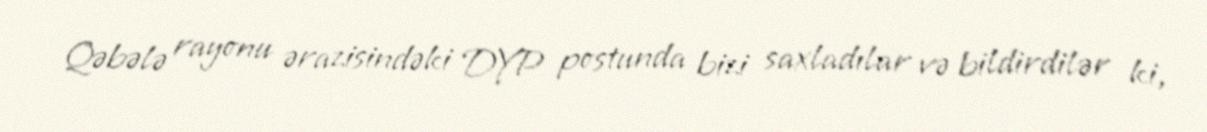
Qəbələ rayonu ərazisindəki DYP postunda bizi saxladılar və bildirdilər ki,